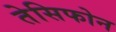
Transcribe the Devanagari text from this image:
तेसिफोन